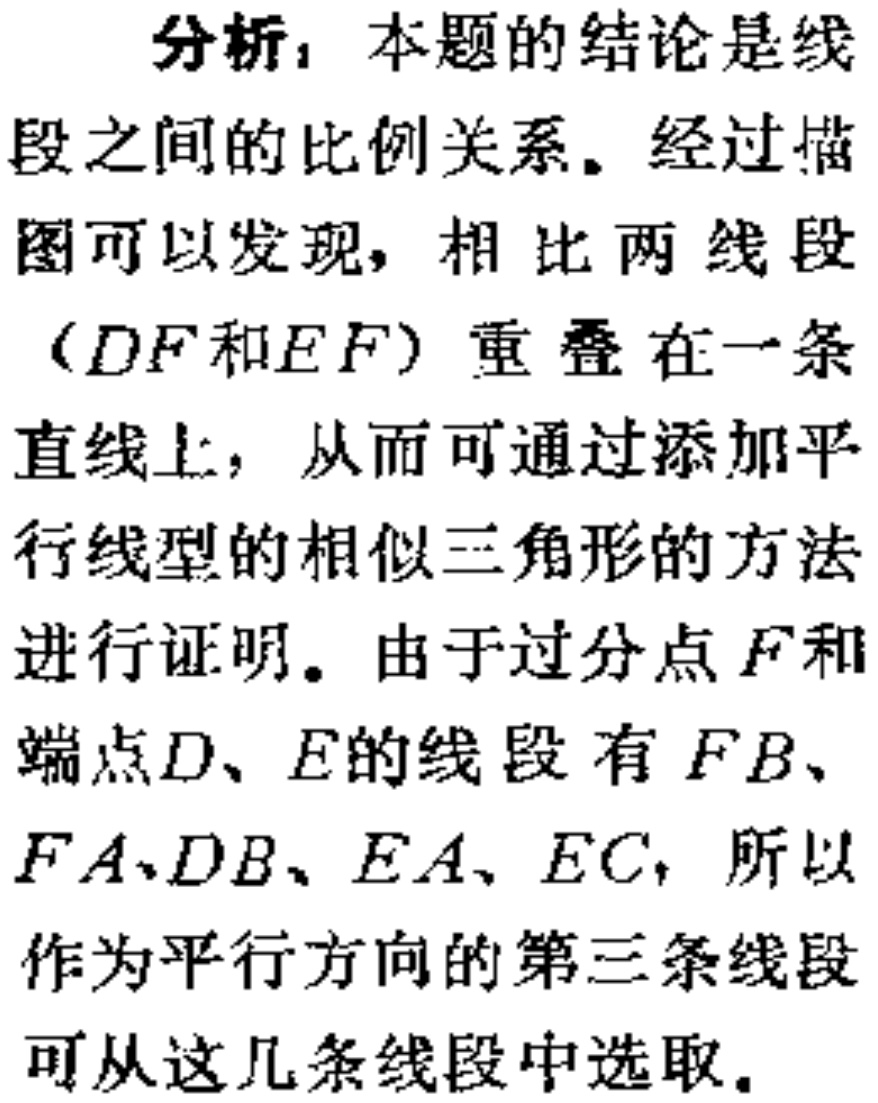
分析：本题的结论是线段之间的比例关系。经过描图可以发现，相比两线段（\(DF\)和\(EF\)）重叠在一条直线上，从而可通过添加平行线型的相似三角形的方法进行证明。由于过分点\(F\)和端点\(D\)、\(E\)的线段有\(FB\)、\(FA\)、\(DB\)、\(EA\)、\(EC\)，所以作为平行方向的第三条线段可从这几条线段中选取。